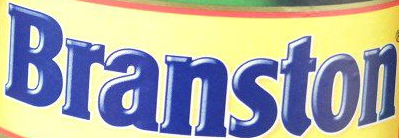
Branston